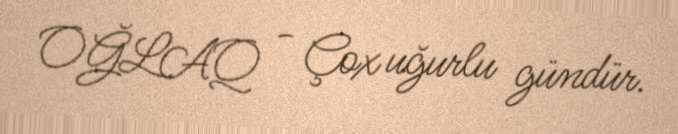
OĞLAQ - Çox uğurlu gündür.